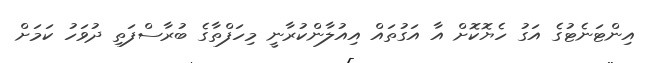
އިންޓަނެޓުގެ އަގު ހެޔޮކޮށް އާ އަގުތައް އިއުލާންކުރާނީ މިހަފްތާގެ ބުރާސްފަތި ދުވަހު ކަމަށް